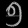
Digit: ၅